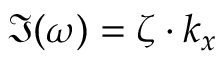
\Im ( \omega ) = \zeta \cdot k _ { x }